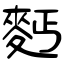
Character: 麫